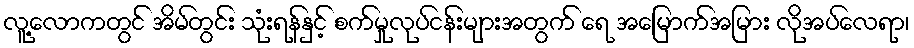
လူ့လောကတွင် အိမ်တွင်း သုံးရန်နှင့် စက်မှုလုပ်ငန်းများအတွက် ရေ အမြောက်အမြား လိုအပ်လေရာ၊